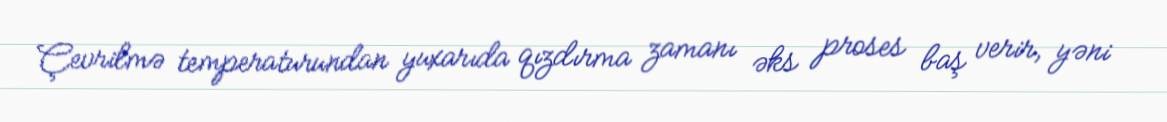
Çevrilmə temperaturundan yuxarıda qızdırma zamanı əks proses baş verir, yəni